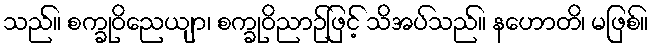
သည်။ စက္ခုဝိညေယျာ၊ စက္ခုဝိညာဉ်ဖြင့် သိအပ်သည်။ နဟောတိ၊ မဖြစ်။